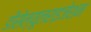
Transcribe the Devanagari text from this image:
डीसेल्यूलराइजेशन